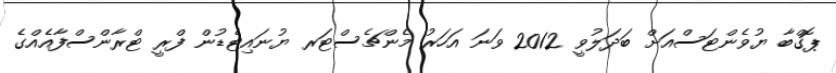
ޕޮގްބާ ޔުވެންޓަސްއަށް ބަދަލުވީ 2012 ވަނަ އަހަރު މެންޗެސްޓަރ ޔުނައިޓެޑުން ފްރީ ޓްރާންސްފާއެއްގެ